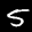
Label: 5